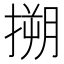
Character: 搠